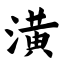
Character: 潢